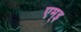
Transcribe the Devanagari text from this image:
एम्इ